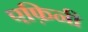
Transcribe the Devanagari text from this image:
एफ़िनी